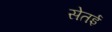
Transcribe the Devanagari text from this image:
सेतई